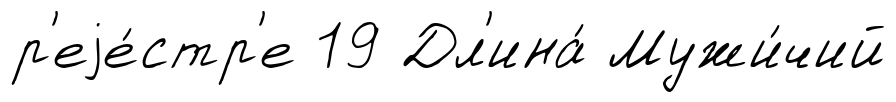
р'еjе́стр'е 19 Дл'ина́ Мужи́чий